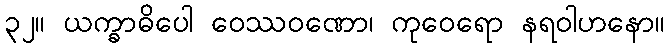
၃၂။ ယက္ခာဓိပေါ ဝေဿဝဏော၊ ကုဝေရော နရဝါဟနော။